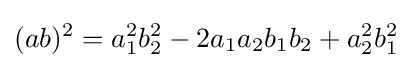
\displaystyle (ab)^{2}=a_{1}^{2}b_{2}^{2}-2a_{1}a_{2}b_{1}b_{2}+a_{2}^{2}b_{1}^{2}